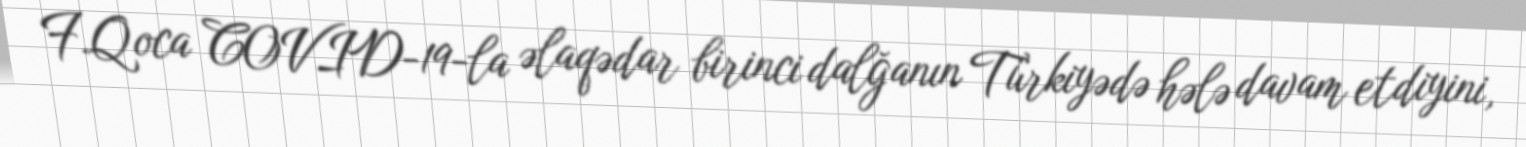
F.Qoca COVID-19-la əlaqədar birinci dalğanın Türkiyədə hələ davam etdiyini,